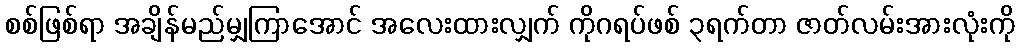
စစ်ဖြစ်ရာ အချိန်မည်မျှကြာအောင် အလေးထားလျှက် ကိုဂရပ်ဖစ် ၃ရက်တာ ဇာတ်လမ်းအားလုံးကို